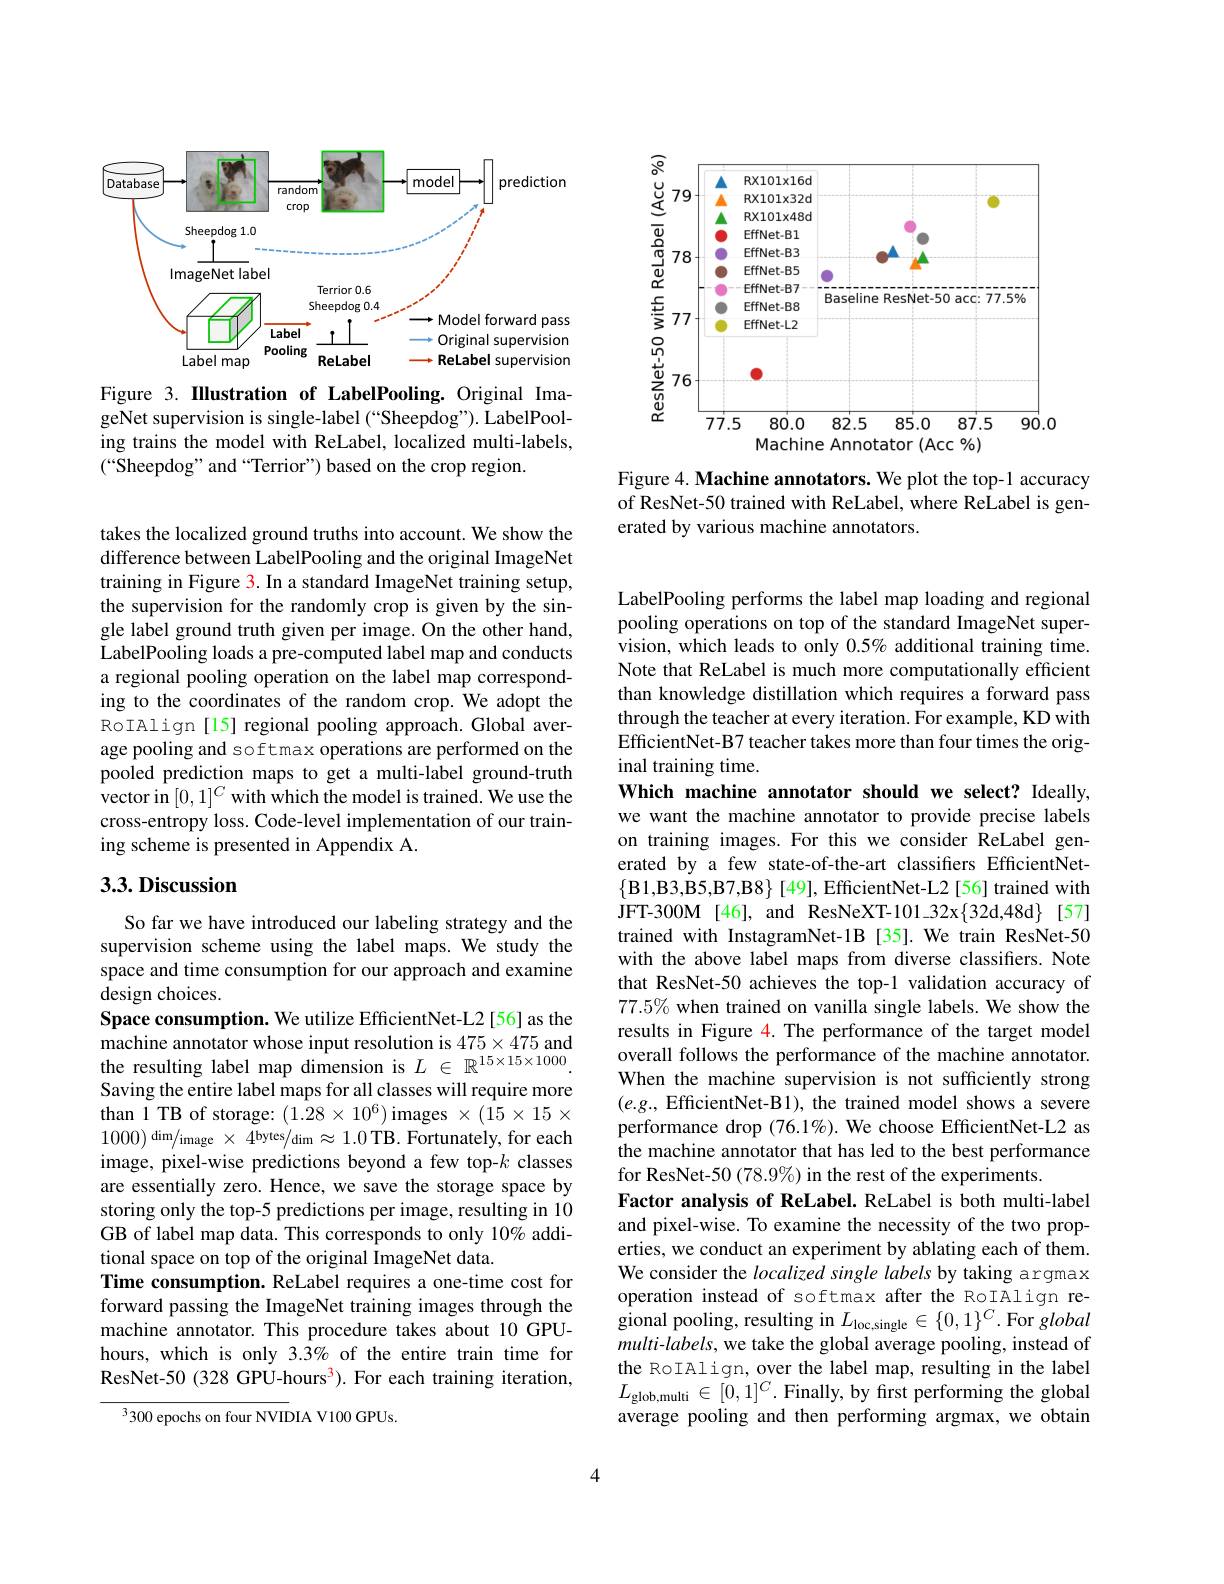
<FigureHere>

Figure 3. IIlustration of LabelPooling. Original ImageNet supervision is single-label (“Sheepdog”). LabelPooling trains the model with ReLabel, localized multi-labels, (“Sheepdog” and“Terrior”) based on the crop region.

takes the localized ground truths into account. We show the difference between LabelPooling and the original ImageNet training in Figure 3. In a standard ImageNet training setup, the supervision for the randomly crop is given by the single label ground truth given per image. On the other hand, LabelPooling loads a pre-computed label map and conducts a regional pooling operation on the label map corresponding to the coordinates of the random crop. We adopt the RoIAlign [15] regional pooling approach. Global average pooling and softmax operations are performed on the pooled prediction maps to get a multi-label ground-truth ${\hat{\text{vector in}}[0,1]^{C}}{\hat{\text{with which the model is trained. We use the}}}$ cross-entropy loss. Code-level implementation of our training scheme is presented in Appendix A.

## 3.3. Discussion

So far we have introduced our labeling strategy and the supervision scheme using the label maps. We study the space and time consumption for our approach and examine design choices.
Space consumption. We utilize EfficientNet-L2[56] as the machine annotator whose input resolution is $475\times475$ and the resulting label map dimension is $L\in\mathbb{R}^15\times15\times1000$ Saving the entire label maps for all classes will require more than $\tilde{1}$ TB of storage: $(1.28\times10^6)$ images $\times(\hat{15}\times15\times$ 1000) dim/image $\times4^\text{bytes}/$dim $\approx1.0$ TB. Fortunately, for each image, pixel-wise predictions beyond a few top-$k$ classes are essentially zero. Hence, we save the storage space by storing only the top-5 predictions per image, resulting in 10 GB of label map data. This corresponds to only 10% additional space on top of the original ImageNet data.
Time consumption. ReLabel requires a one-time cost for forward passing the ImageNet training images through the machine annotator. This procedure takes about 10 GPUhours, which is only 3.3% of the entire train time for ResNet-50(328 GPU-hours$^3).$ For each training iteration,

$^3300$ epochs on four NVIDIA V100 GPUs.

<FigureHere>

Figure 4. Machine annotators. We plot the top-1 accuracy of ResNet-50 trained with ReLabel, where ReLabel is generated by various machine annotators.

LabelPooling performs the label map loading and regional pooling operations on top of the standard ImageNet supervision, which leads to only $0.5\%$ additional training time. Note that ReLabel is much more computationally efficient than knowledge distillation which requires a forward pass through the teacher at every iteration. For example, KD with EfficientNet-B7 teacher takes more than four times the original training time.

Which machine annotator should we select? Ideally, we want the machine annotator to provide precise labels on training images. For this we consider ReLabel generated by a few state-of-the-art classifiers EfficientNet- $\{$B1,B3,B5,B7,B8$\}$ [49], EfficientNet-L2 [56] trained with JFT-300M[46], and ResNeXT-101\_32x{32d,48d}$[57] trained with InstagramNet-1B [35].We train ResNet-50 with the above label maps from diverse classifiers. Note that ResNet-50 achieves the top-1 validation accuracy of 77.5% when trained on vanilla single labels. We show the results in Figure 4. The performance of the target model overall follows the performance of the machine annotator. When the machine supervision is not sufficiently strong $(e.g.$, EfficientNet-B1), the trained model shows a severe performance drop (76.1%). We choose EfficientNet-L2 as the machine annotator that has led to the best performance for ResNet-50 (78.9%) in the rest of the experiments.
Factor analysis of ReLabel. ReLabel is both multi-label and pixel-wise. To examine the necessity of the two properties, we conduct an experiment by ablating each of them. We consider the localized single labels by taking argmax operation instead of softmax after the RoTAlign regional pooling, resulting in $L_\mathrm{loc,single}\in\{0,1\}^C.$For global multi-labels, we take the global average pooling, instead of the RoTAlign, over the label map, resulting in the label $L_{\mathrm{glob,multi}}\in[0,1]^{C}.$Finally, by first performing the global average pooling and then performing argmax, we obtain

4